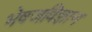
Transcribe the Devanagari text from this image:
भेषजविज्ञान